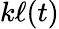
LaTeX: k\ell(t)